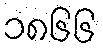
၁၈၆၆